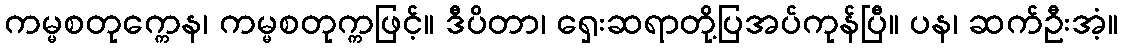
ကမ္မစတုက္ကေန၊ ကမ္မစတုက္ကဖြင့်။ ဒီပိတာ၊ ရှေးဆရာတို့ပြအပ်ကုန်ပြီ။ ပန၊ ဆက်ဦးအံ့။